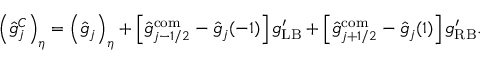
\left( \hat { g } _ { j } ^ { C } \right) _ { \eta } = \left( \hat { g } _ { j } \right) _ { \eta } + \left[ \hat { g } _ { j - 1 / 2 } ^ { \mathrm { c o m } } - \hat { g } _ { j } ( - 1 ) \right] g _ { \mathrm { L B } } ^ { \prime } + \left[ \hat { g } _ { j + 1 / 2 } ^ { \mathrm { c o m } } - \hat { g } _ { j } ( 1 ) \right] g _ { \mathrm { R B } } ^ { \prime } .